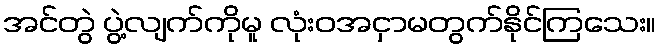
အင်တွဲ ပွဲ့လျက်ကိုမူ လုံးဝအငှာမတွက်နိုင်ကြသေး။